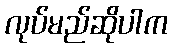
လုပ်မည်ဆိုပါက